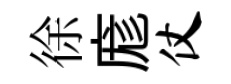
徐庬仗